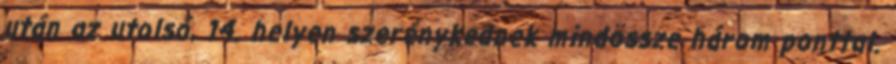
után az utolsó, 14. helyen szerénykednek mindössze három ponttal.